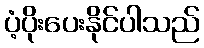
ပံ့ပိုးပေးနိုင်ပါသည်